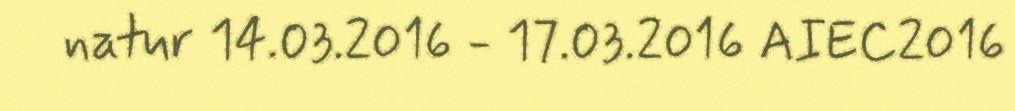
natur 14.03.2016 - 17.03.2016 AIEC2016